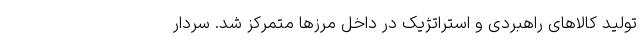
تولید کالاهای راهبردی و استراتژیک در داخل مرزها متمرکز شد. سردار